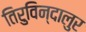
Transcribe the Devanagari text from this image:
तिरुविन्दालुर